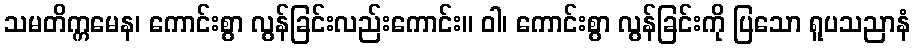
သမတိက္ကမေန၊ ကောင်းစွာ လွန်ခြင်းလည်းကောင်း။ ဝါ၊ ကောင်းစွာ လွန်ခြင်းကို ပြသော ရူပသညာနံ